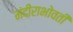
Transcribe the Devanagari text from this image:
मंदीराभोवती